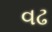
વઢ